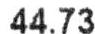
44.73